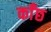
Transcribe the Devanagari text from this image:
काँछ